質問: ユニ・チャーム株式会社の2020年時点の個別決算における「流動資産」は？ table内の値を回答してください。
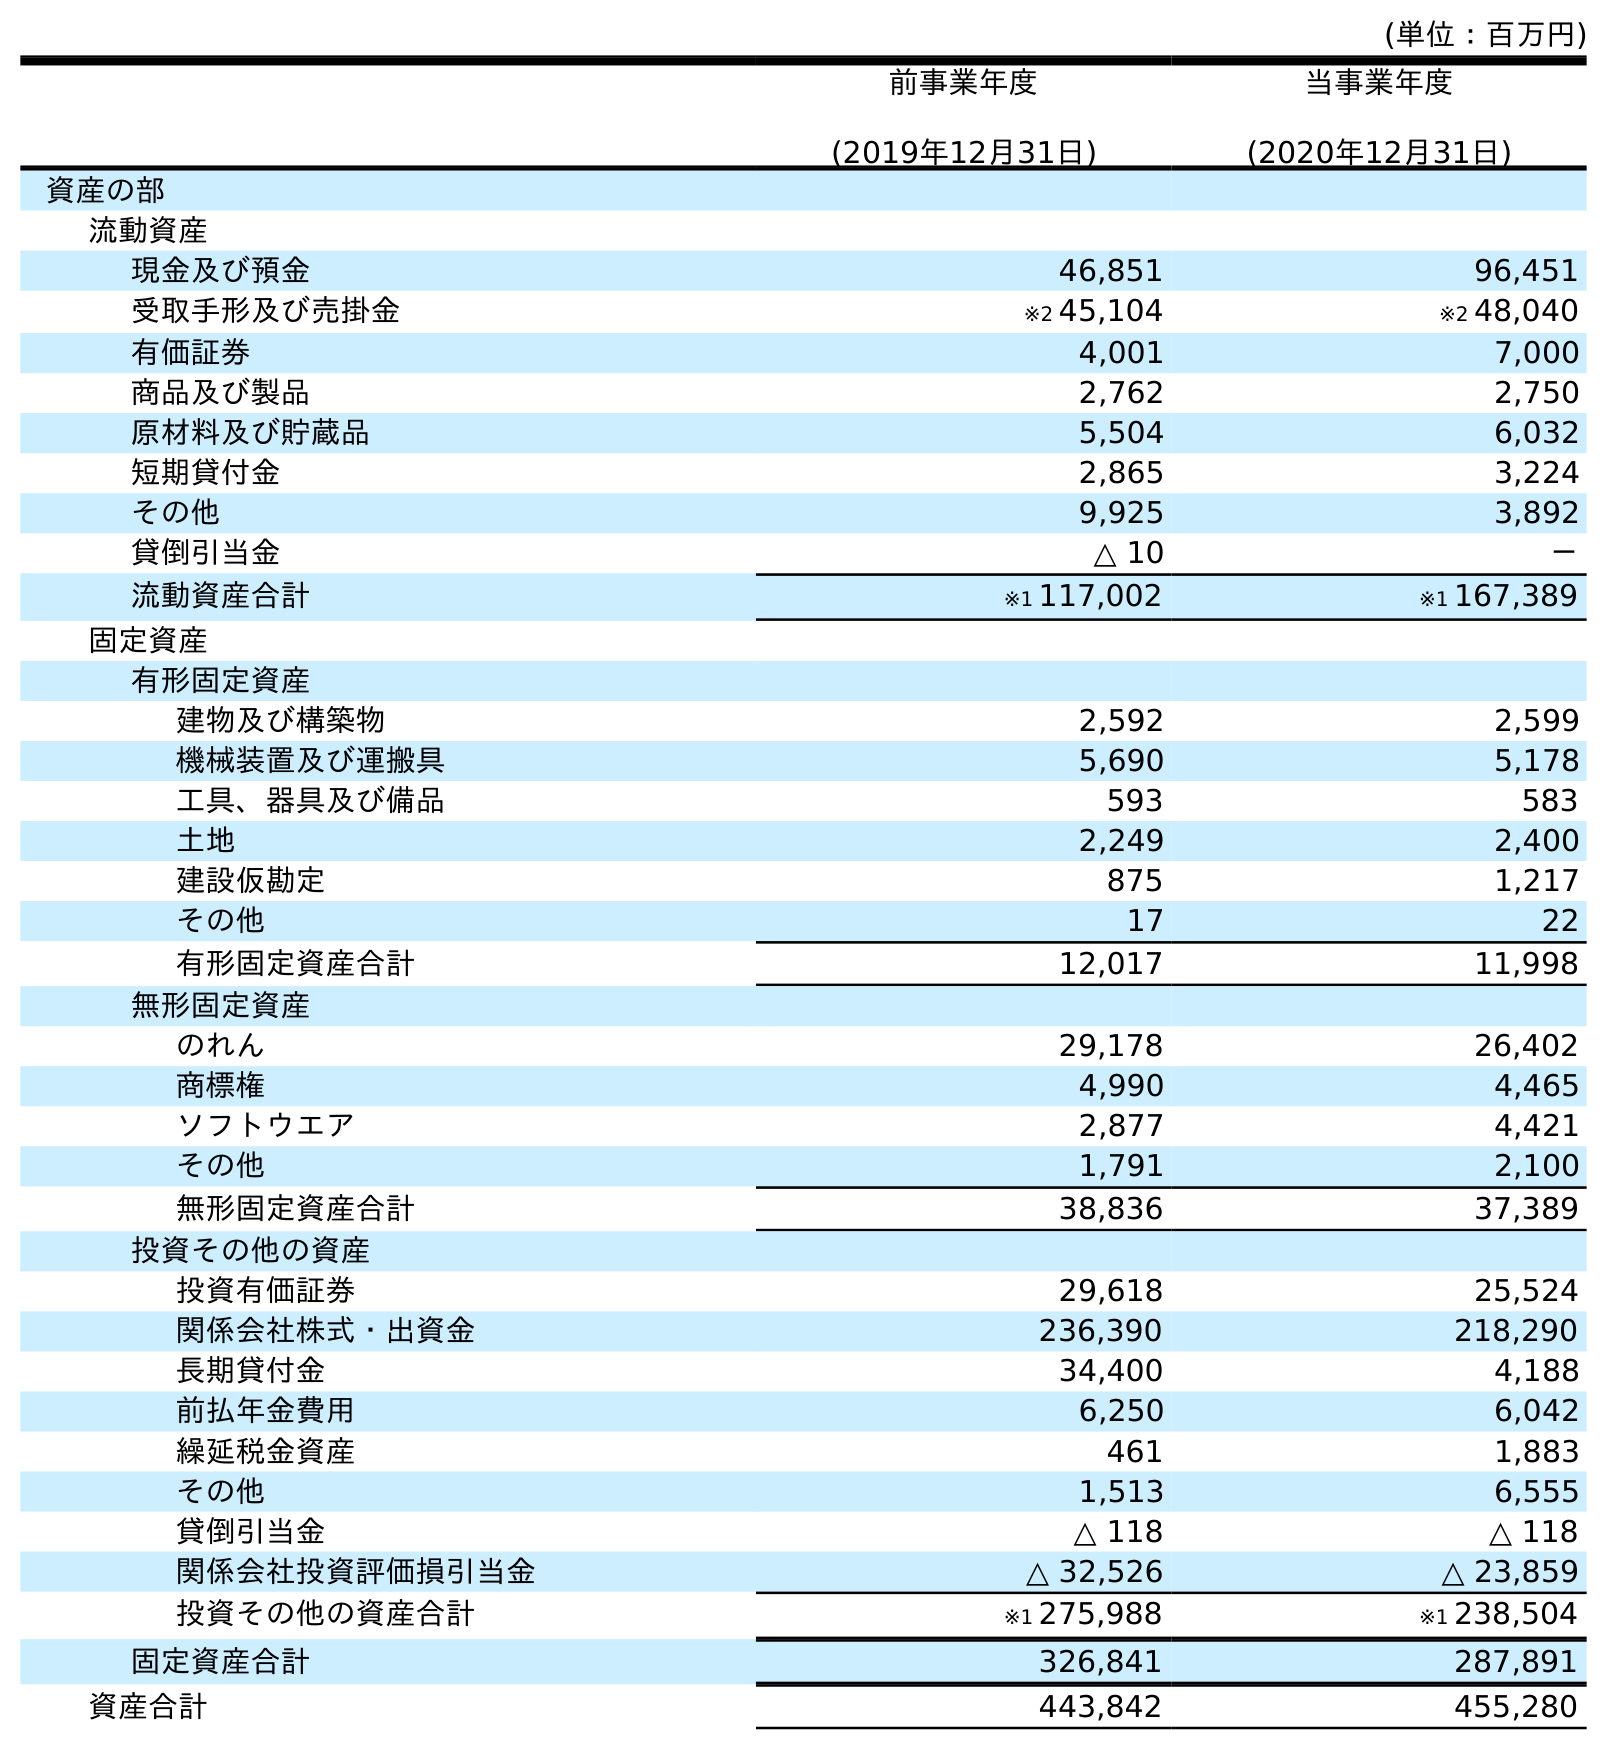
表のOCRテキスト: (単位：百万円) 前事業年度 (2019年12月31日) 当事業年度 (2020年12月31日) 資産の部 流動資産 現金及び預金 46,851 96,451 受取手形及び売掛金 ※2 45,104 ※2 48,040 有価証券 4,001 7,000 商品及び製品 2,762 2,750 原材料及び貯蔵品 5,504 6,032 短期貸付金 2,865 3,224 その他 9,925 3,892 貸倒引当金 △ 10 － 流動資産合計 ※1 117,002 ※1 167,389 固定資産 有形固定資産 建物及び構築物 2,592 2,599 機械装置及び運搬具 5,690 5,178 工具、器具及び備品 593 583 土地 2,249 2,400 建設仮勘定 875 1,217 その他 17 22 有形固定資産合計 12,017 11,998 無形固定資産 のれん 29,178 26,402 商標権 4,990 4,465 ソフトウエア 2,877 4,421 その他 1,791 2,100 無形固定資産合計 38,836 37,389 投資その他の資産 投資有価証券 29,618 25,524 関係会社株式・出資金 236,390 218,290 長期貸付金 34,400 4,188 前払年金費用 6,250 6,042 繰延税金資産 461 1,883 その他 1,513 6,555 貸倒引当金 △ 118 △ 118 関係会社投資評価損引当金 △ 32,526 △ 23,859 投資その他の資産合計 ※1 275,988 ※1 238,504 固定資産合計 326,841 287,891 資産合計 443,842 455,280
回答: ※1167,389